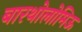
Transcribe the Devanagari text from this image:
बारथोलोमिऊ